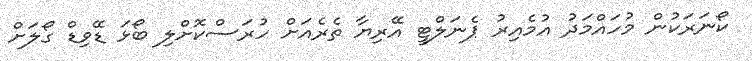
ކޯނަރަކުން މުހައްމަދު އުމެއިރު ޕެނަލްޓީ އޭރިޔާ ތެރެއަށް ހުރަސްކޮށްލި ބޯޅަ ޑޭވިޑް ގޯލަށް